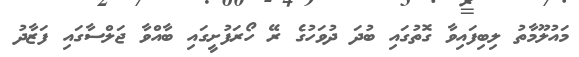
މައުލޫމާތު ލިބިފައިވާ ގޮތުގައި ބުދަ ދުވަހުގެ ރޭ ހޯރަފުށީގައި ބާއްވާ ޖަލްސާގައި ފަޒާދު